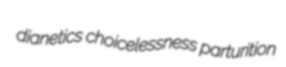
dianetics choicelessness parturition